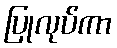
ပြုလုပ်ကာ